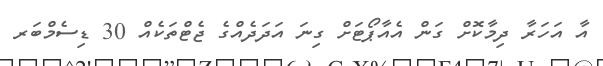
އާ އަހަރާ ދިމާކޮށް ގަން އެއާޕޯޓަށް ގިނަ އަދަދެއްގެ ޖެޓްތަކެއް 30 ޑިސެމްބަރ